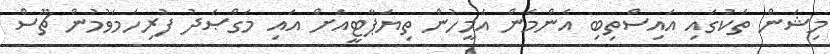
މިޝަން ތަކުގައި އައިސްތިބި އެންމެން އެމީހުން ތިޔަޕާޓީއަށް އައި މަގްޞަދު ފުރިހަމަވުމުން ޗޫސް